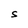
Character: S